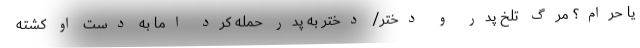
یا حرام؟ مرگ تلخ پدر و دختر/ دختر به پدر حمله کرد اما به دست او کشته